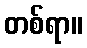
တစ်ရာ။